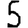
Digit: 5